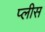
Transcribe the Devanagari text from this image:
प्लीस